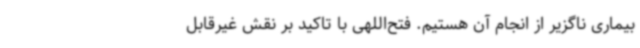
بیماری ناگزیر از انجام آن هستیم. فتح‌اللهی با تاکید بر نقش غیرقابل